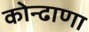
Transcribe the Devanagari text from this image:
कोन्ढाणा